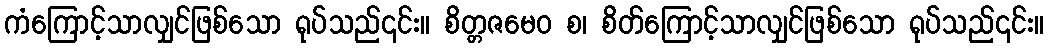
ကံကြောင့်သာလျှင်ဖြစ်သော ရုပ်သည်၎င်း။ စိတ္တဇမေဝ စ၊ စိတ်ကြောင့်သာလျှင်ဖြစ်သော ရုပ်သည်၎င်း။